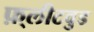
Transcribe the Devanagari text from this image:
फ़्लीटवुड